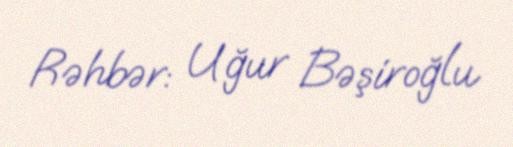
Rəhbər: Uğur Bəşiroğlu